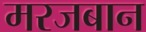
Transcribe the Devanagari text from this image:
मरजबान